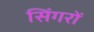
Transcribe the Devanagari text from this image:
सिंगरों